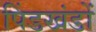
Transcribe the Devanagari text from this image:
पिंडखंडों